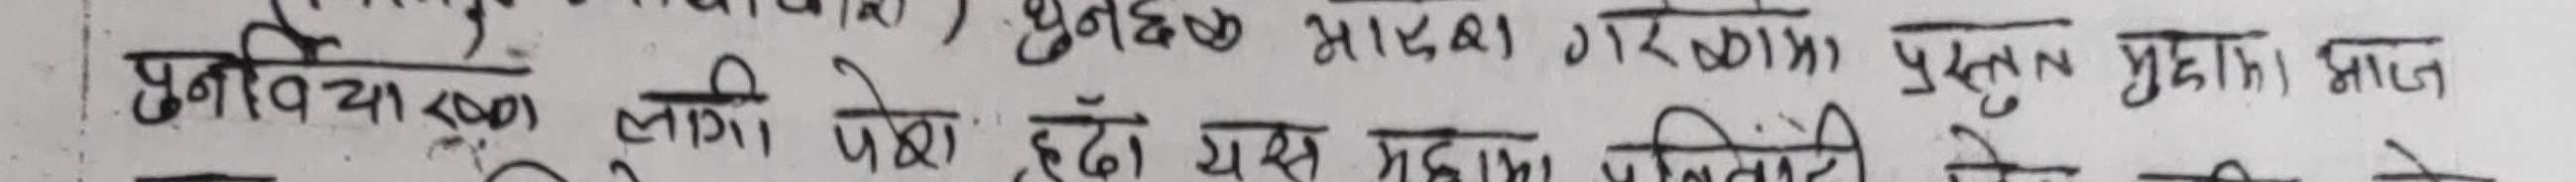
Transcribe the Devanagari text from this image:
पुनर्विचारको लागि पेश हुँदा यस महाशाखाले